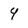
Character: 4